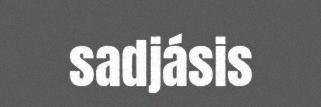
sadjásis